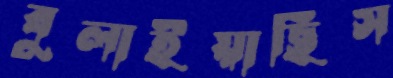
বুলাইয়াছিস